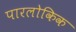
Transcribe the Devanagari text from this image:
पारलोकिक